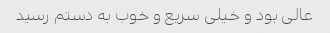
عالی بود و خیلی سریع و خوب به دستم رسید